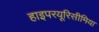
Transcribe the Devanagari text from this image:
हाइपरयूरिसीमिया